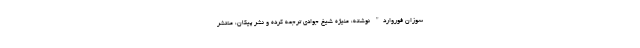
سوزان فوروارد" نوشته، منیژه شیخ جوادی ترجمه کرده و نشر پیکان، منتشر